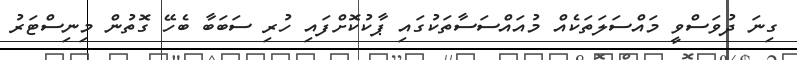
ގިނަ ދުވަސްވީ މައްސަލަތަކެއް މުއައްސަސާތަކުގައި ޕާކުކޮށްފައި ހުރި ސަބަބާ ބެހޭ ގޮތުން މިނިސްޓަރު